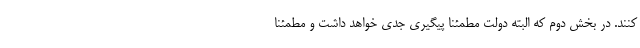
کنند. در بخش دوم که البته دولت مطمئناً پیگیری جدی خواهد داشت و مطمئناً